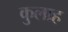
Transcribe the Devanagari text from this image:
कुलाह